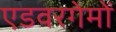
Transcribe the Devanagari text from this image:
एडवरगेमों